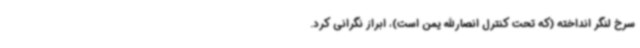
سرخ لنگر انداخته (که تحت کنترل انصارالله یمن است)، ابراز نگرانی کرد.